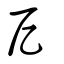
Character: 戹